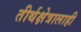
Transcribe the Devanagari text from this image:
तीर्थक्षेत्रालाही